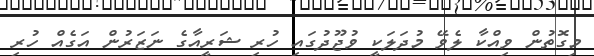
މިގޮތުން ވިއްކާ ލެވޭ މުދަލަކީ ވުޖޫދުގައި ހުރި ޝަރީއާގެ ނަޒަރުން އަގެއް ހުރި